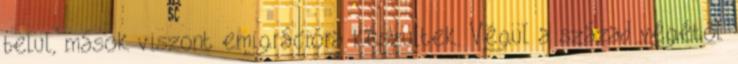
belül, mások viszont emigrációra készültek. Végül a század végétől